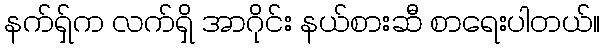
နက်ရှ်က လက်ရှိ အာဂိုင်း နယ်စားဆီ စာရေးပါတယ်။